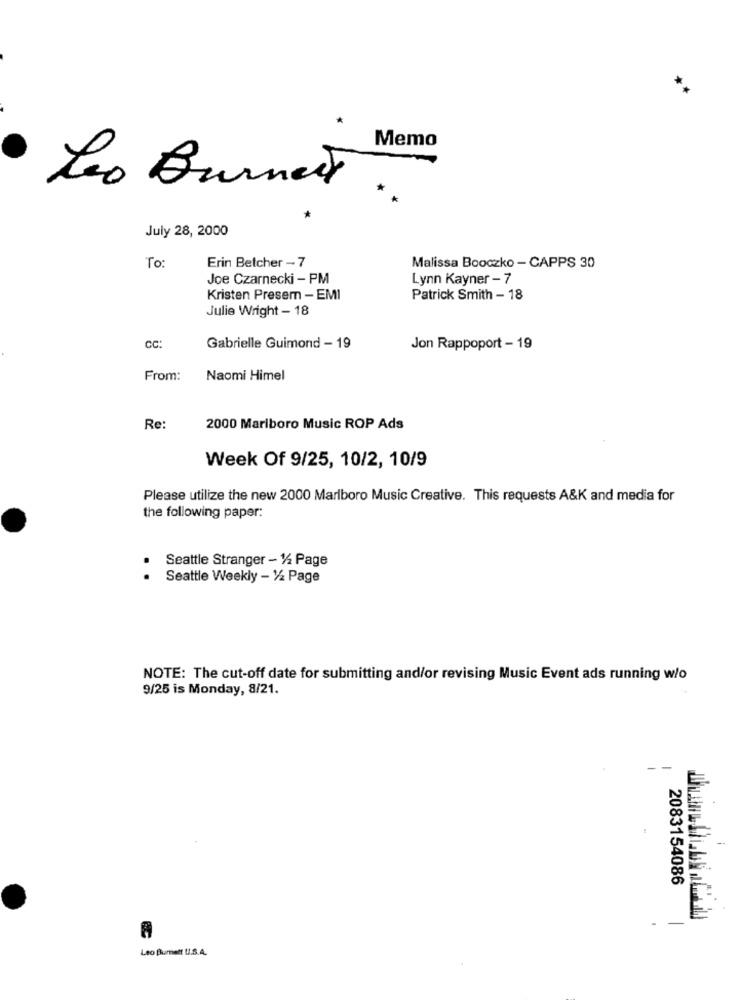
Memo
Leo Burnett
July 28, 2000
To:
Erin Betcher - 7
Malissa Booczko - CAPPS 30
Joe Czarnecki - PM
Lynn Kayner - 7
Kristen Presem - EMI
Patrick Smith - 18
Julie Wright - 18
CC:
Gabrielle Guimond - 19
Jon Rappoport - 19
From:
Naomi Himel
Re:
2000 Marlboro Music ROP Ads
Week Of 9/25, 10/2, 10/9
Please utilize the new 2000 Marlboro Music Creative. This requests A&K and media for
the following paper:
Seattle Stranger - 1/2 Page
Seattle Weekly - 1/2 Page
NOTE: The cut-off date for submitting and/or revising Music Event ads running w/o
9/25 is Monday, 8/21.
2083154086
.
-
Leo Bumatt U.S.A.